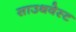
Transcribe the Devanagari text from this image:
साउथवेस्‍ट